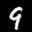
Digit: 9